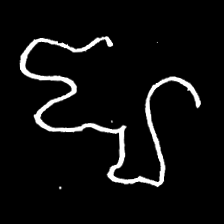
Pyu character \u2014 Myanmar letter: ဈ (romanized: jha)